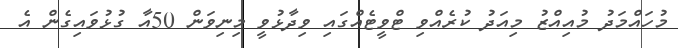
މުހައްމަދު މުއިއްޒު މިއަދު ކުރެއްވި ޓްވީޓެއްގައި ވިދާޅުވީ މިނިވަން 50އާ ގުޅުވައިގެން އެ